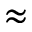
\approx